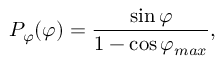
P _ { \varphi } ( \varphi ) = \frac { \sin \varphi } { 1 - \cos \varphi _ { m a x } } ,